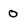
Character: 0